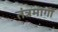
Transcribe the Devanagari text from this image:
तंत्रमार्गी